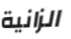
الزانية